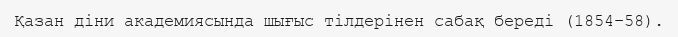
Қазан діни академиясында шығыс тілдерінен сабақ береді (1854–58).